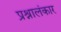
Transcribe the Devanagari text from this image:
प्रश्नालंकार